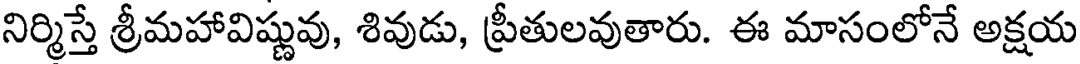
నిర్మిస్తే శ్రీమహావిష్ణువు, శివుడు, ప్రీతులవుతారు. ఈ మాసంలోనే అక్షయ